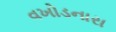
વખોડનારા